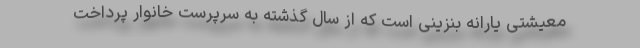
معیشتی یارانه بنزینی است که از سال گذشته به سرپرست خانوار پرداخت